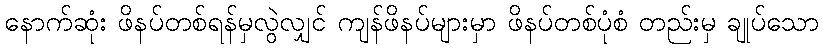
နောက်ဆုံး ဖိနပ်တစ်ရန်မှလွဲလျှင် ကျန်ဖိနပ်များမှာ ဖိနပ်တစ်ပုံစံ တည်းမှ ချုပ်သော